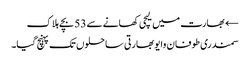
← بھارت میں لیچی کھانے سے 53 بچے ہلاک
سمندری طوفان وایو بھارتی ساحلوں تک پہنچ گیا۔